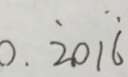
0 . \dot { 2 } 0 1 \dot { 6 }